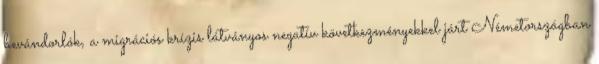
bevándorlók, a migrációs krízis látványos negatív következményekkel járt Németországban